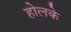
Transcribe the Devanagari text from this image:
होलके